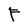
Character: F